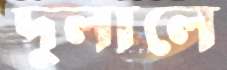
দুলালে